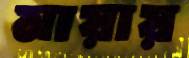
মায়ায়